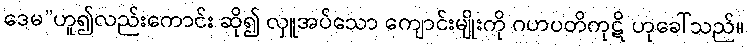
ဒေမ”ဟူ၍လည်းကောင်း ဆို၍ လှူအပ်သော ကျောင်းမျိုးကို ဂဟပတိကုဋိ ဟုခေါ်သည်။